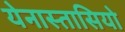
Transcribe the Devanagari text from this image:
येनास्तासियो